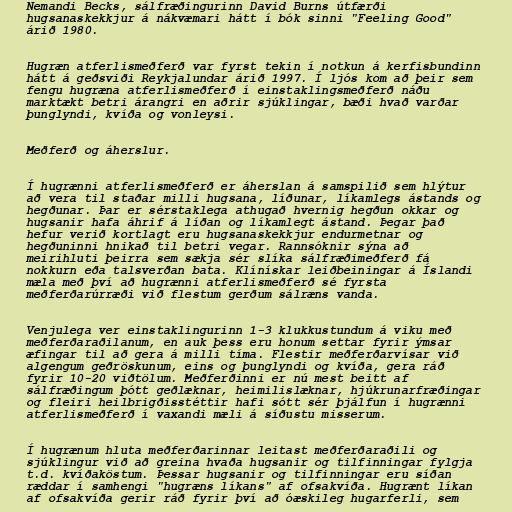
Nemandi Becks, sálfræðingurinn David Burns útfærði
hugsanaskekkjur á nákvæmari hátt í bók sinni "Feeling Good"
árið 1980.

Hugræn atferlismeðferð var fyrst tekin í notkun á kerfisbundinn
hátt á geðsviði Reykjalundar árið 1997. Í ljós kom að þeir sem
fengu hugræna atferlismeðferð í einstaklingsmeðferð náðu
marktækt betri árangri en aðrir sjúklingar, bæði hvað varðar
þunglyndi, kvíða og vonleysi.

Meðferð og áherslur.

Í hugrænni atferlismeðferð er áherslan á samspilið sem hlýtur
að vera til staðar milli hugsana, líðunar, líkamlegs ástands og
hegðunar. Þar er sérstaklega athugað hvernig hegðun okkar og
hugsanir hafa áhrif á líðan og líkamlegt ástand. Þegar það
hefur verið kortlagt eru hugsanaskekkjur endurmetnar og
hegðuninni hnikað til betri vegar. Rannsóknir sýna að
meirihluti þeirra sem sækja sér slíka sálfræðimeðferð fá
nokkurn eða talsverðan bata. Klínískar leiðbeiningar á Íslandi
mæla með því að hugrænni atferlismeðferð sé fyrsta
meðferðarúrræði við flestum gerðum sálræns vanda.

Venjulega ver einstaklingurinn 1-3 klukkustundum á viku með
meðferðaraðilanum, en auk þess eru honum settar fyrir ýmsar
æfingar til að gera á milli tíma. Flestir meðferðarvísar við
algengum geðröskunum, eins og þunglyndi og kvíða, gera ráð
fyrir 10-20 viðtölum. Meðferðinni er nú mest beitt af
sálfræðingum þótt geðlæknar, heimilislæknar, hjúkrunarfræðingar
og fleiri heilbrigðisstéttir hafi sótt sér þjálfun í hugrænni
atferlismeðferð í vaxandi mæli á síðustu misserum.

Í hugrænum hluta meðferðarinnar leitast meðferðaraðili og
sjúklingur við að greina hvaða hugsanir og tilfinningar fylgja
t.d. kvíðaköstum. Þessar hugsanir og tilfinningar eru síðan
ræddar í samhengi "hugræns líkans" af ofsakvíða. Hugrænt líkan
af ofsakvíða gerir ráð fyrir því að óæskileg hugarferli, sem